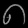
Digit: ၈